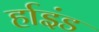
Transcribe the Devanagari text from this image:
र्हाइंड